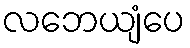
လဘေယျံပေ